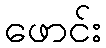
ဖောင်း